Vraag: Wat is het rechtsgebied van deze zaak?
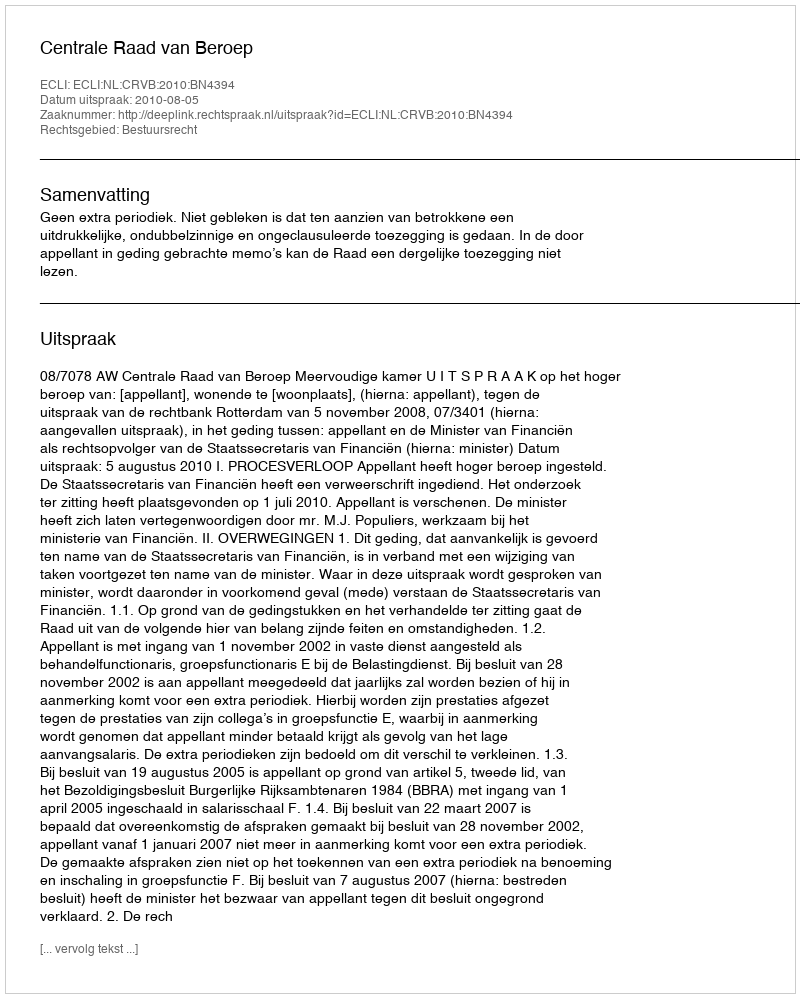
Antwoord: Bestuursrecht